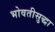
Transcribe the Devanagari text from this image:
भोवतीसुद्धा